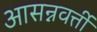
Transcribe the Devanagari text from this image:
आसन्नवर्त्ती